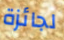
لجائزة